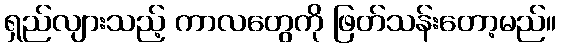
ရှည်လျားသည့် ကာလတွေကို ဖြတ်သန်းတော့မည်။